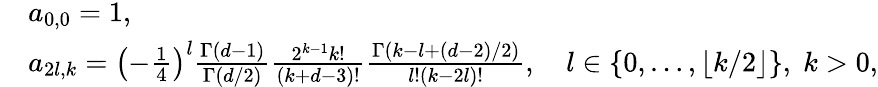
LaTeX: \begin{array}{rl}&{a_{0,0}=1,}\\ &{a_{2l,k}=\left(-\frac{1}{4}\right)^{l}\frac{\Gamma(d-1)}{\Gamma(d/2)}\frac{2^{k-1}k!}{(k+d-3)!}\frac{\Gamma(k-l+(d-2)/2)}{l!(k-2l)!},\quad l\in\{ 0,\ldots,\lfloor k/2\rfloor\} ,\; k>0,}\end{array}